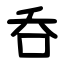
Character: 呑